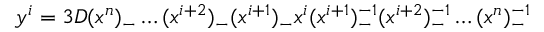
y ^ { i } = 3 D ( x ^ { n } ) _ { - } \ldots ( x ^ { i + 2 } ) _ { - } ( x ^ { i + 1 } ) _ { - } x ^ { i } ( x ^ { i + 1 } ) _ { - } ^ { - 1 } ( x ^ { i + 2 } ) _ { - } ^ { - 1 } \ldots ( x ^ { n } ) _ { - } ^ { - 1 }